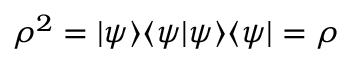
\rho ^ { 2 } = | \psi \rangle \langle \psi | \psi \rangle \langle \psi | = \rho